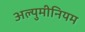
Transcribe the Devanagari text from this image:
अल्युमीनियम